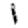
Digit: 1